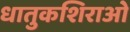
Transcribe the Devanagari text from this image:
धातुकशिराओं